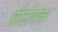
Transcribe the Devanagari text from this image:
प्रोटोपंक